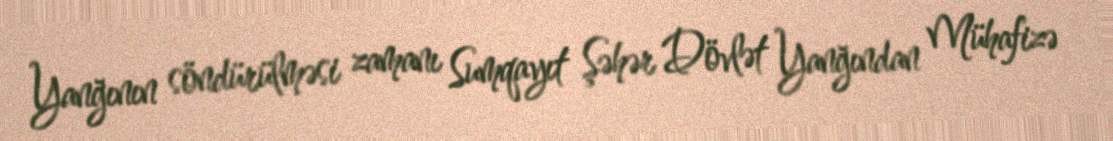
Yanğının söndürülməsi zamanı Sumqayıt Şəhər Dövlət Yanğından Mühafizə